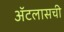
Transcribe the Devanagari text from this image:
ॲटलासची